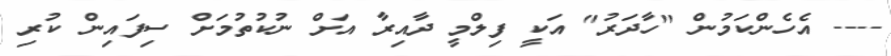
---- އެހެންކަމުން "ހާދަރު" އަކީ ފިލްމީ ދާއިރާ އަށް ނުކުތުމަށް ސިފައިން ކުރި